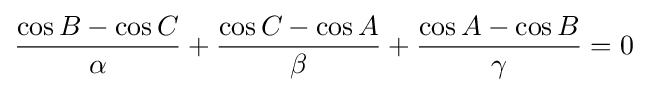
{\frac {\cos B-\cos C}{\alpha }}+{\frac {\cos C-\cos A}{\beta }}+{\frac {\cos A-\cos B}{\gamma }}=0